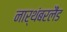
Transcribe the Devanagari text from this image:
नार्थंबरलैंड